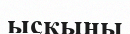
ысқыны